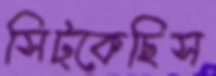
সিট্‌কেছিস